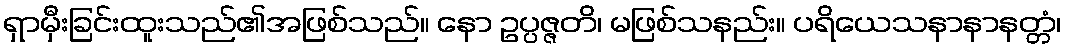
ရှာမှီးခြင်းထူးသည်၏အဖြစ်သည်။ နော ဥပ္ပဇ္ဇတိ၊ မဖြစ်သနည်း။ ပရိယေသနာနာနတ္တံ၊